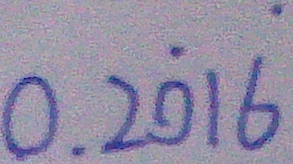
0 . 2 \dot { 0 } 1 \dot { 6 }